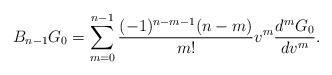
LaTeX: \begin{align*} B_{n-1}G_0=\sum_{m=0}^{n-1}\frac{(-1)^{n-m-1}(n-m)}{m!}v^m\frac{d^mG_0}{dv^m}.\end{align*}